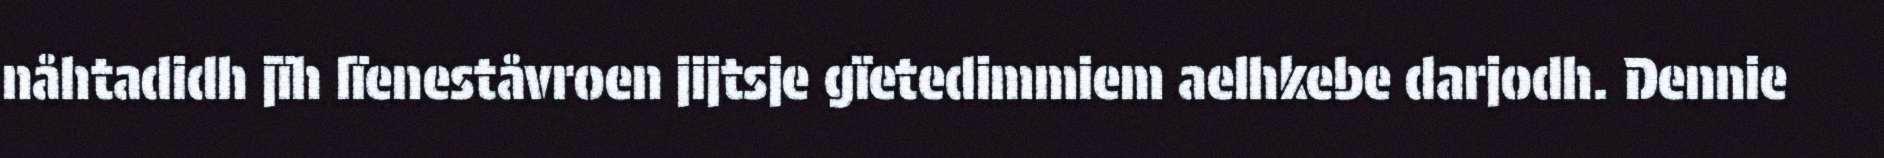
nåhtadidh jïh lïeneståvroen jijtsje gïetedimmiem aelhkebe darjodh. Dennie